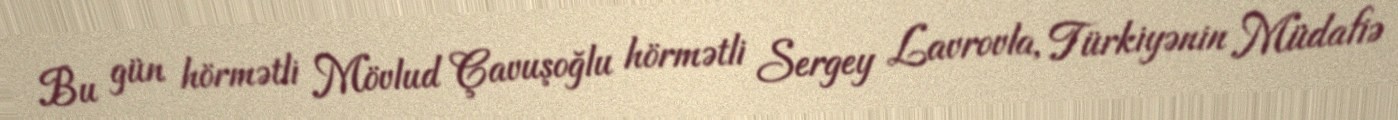
Bu gün hörmətli Mövlud Çavuşoğlu hörmətli Sergey Lavrovla, Türkiyənin Müdafiə